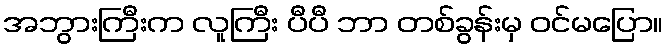
အဘွားကြီးက လူကြီး ပီပီ ဘာ တစ်ခွန်းမှ ဝင်မပြော။